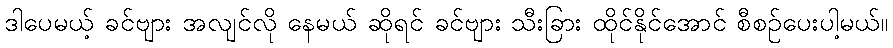
ဒါပေမယ့် ခင်ဗျား အလျင်လို နေမယ် ဆိုရင် ခင်ဗျား သီးခြား ထိုင်နိုင်အောင် စီစဉ်ပေးပါ့မယ်။